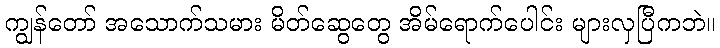
ကျွန်တော် အသောက်သမား မိတ်ဆွေတွေ အိမ်ရောက်ပေါင်း များလှပြီကဘဲ။